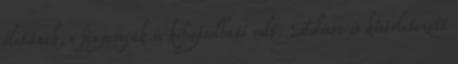
életűnek, s fényerejük is kifogásolható volt. Edison is kísérletezett